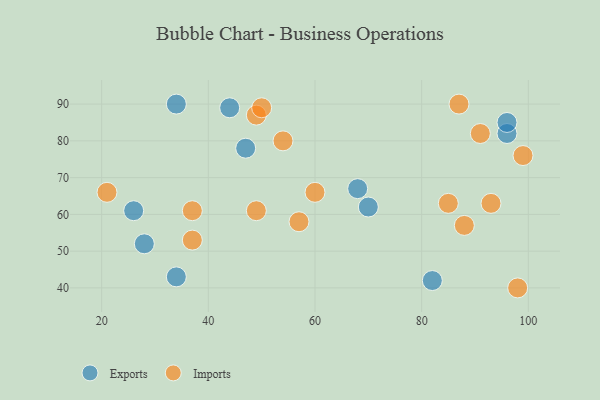
{"axis": {"x": "GDP", "y": "Life Expectancy"}, "legend": ["Exports", "Imports"], "data": [{"x": "47", "y": 78, "type": "Exports"}, {"x": "26", "y": 61, "type": "Exports"}, {"x": "68", "y": 67, "type": "Exports"}, {"x": "44", "y": 89, "type": "Exports"}, {"x": "70", "y": 62, "type": "Exports"}, {"x": "82", "y": 42, "type": "Exports"}, {"x": "34", "y": 43, "type": "Exports"}, {"x": "34", "y": 90, "type": "Exports"}, {"x": "96", "y": 82, "type": "Exports"}, {"x": "96", "y": 85, "type": "Exports"}, {"x": "28", "y": 52, "type": "Exports"}, {"x": "37", "y": 61, "type": "Imports"}, {"x": "88", "y": 57, "type": "Imports"}, {"x": "37", "y": 53, "type": "Imports"}, {"x": "98", "y": 40, "type": "Imports"}, {"x": "54", "y": 80, "type": "Imports"}, {"x": "99", "y": 76, "type": "Imports"}, {"x": "60", "y": 66, "type": "Imports"}, {"x": "91", "y": 82, "type": "Imports"}, {"x": "21", "y": 66, "type": "Imports"}, {"x": "57", "y": 58, "type": "Imports"}, {"x": "93", "y": 63, "type": "Imports"}, {"x": "49", "y": 87, "type": "Imports"}, {"x": "85", "y": 63, "type": "Imports"}, {"x": "87", "y": 90, "type": "Imports"}, {"x": "50", "y": 89, "type": "Imports"}, {"x": "49", "y": 61, "type": "Imports"}]}